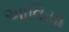
આવિયા